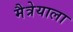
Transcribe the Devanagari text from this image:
मैत्रेयाला